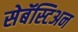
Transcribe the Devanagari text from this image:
सेबॅस्टिअन